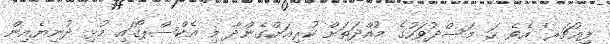
ފިއުޗަރ' އެވެ. ހަ މަސްދުވަހުގެ މުއްދަތަށް ކުރިއަށްގެންދާ މި އެކްސްޕޯގައި މުޅި ދުނިޔެއިން